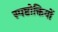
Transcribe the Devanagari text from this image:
स्पष्टोक्तियों